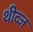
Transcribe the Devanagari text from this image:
थीव्ज